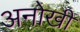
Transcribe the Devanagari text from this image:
अनोखीं